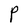
Character: P